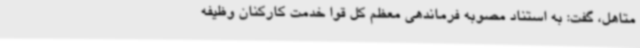
متاهل، گفت: به استناد مصوبه فرماندهی معظم کل قوا خدمت کارکنان وظیفه